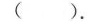
( )。